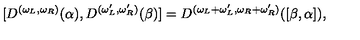
[ D ^ { ( \omega _ { L } , \omega _ { R } ) } ( \alpha ) , D ^ { ( \omega _ { L } ^ { \prime } , \omega _ { R } ^ { \prime } ) } ( \beta ) ] = D ^ { ( \omega _ { L } + \omega _ { L } ^ { \prime } , \omega _ { R } + \omega _ { R } ^ { \prime } ) } ( [ \beta , \alpha ] ) ,